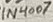
Text: 1N4007